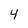
Character: 4